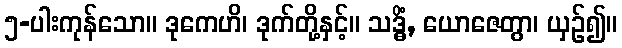
၅-ပါးကုန်သော။ ဒုကေဟိ၊ ဒုက်တို့နှင့်။ သဒ္ဓိံ, ယောဇေတွာ၊ ယှဉ်၍။